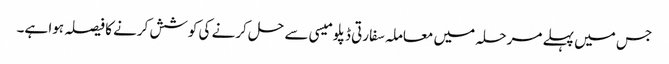
جس میں پہلے مرحلہ میں معاملہ سفارتی ڈپلومیسی سے حل کرنے کی کوشش کرنے کا فیصلہ ہوا ہے۔